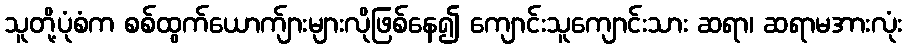
သူတို့ပုံစံက စစ်ထွက်ယောက်ျားများလိုဖြစ်နေ၍ ကျောင်းသူကျောင်းသား ဆရာ၊ ဆရာမအားလုံး